Plague in India, 1896, 1897 - Volume 2
Year: 1896
Disease focus: Plague
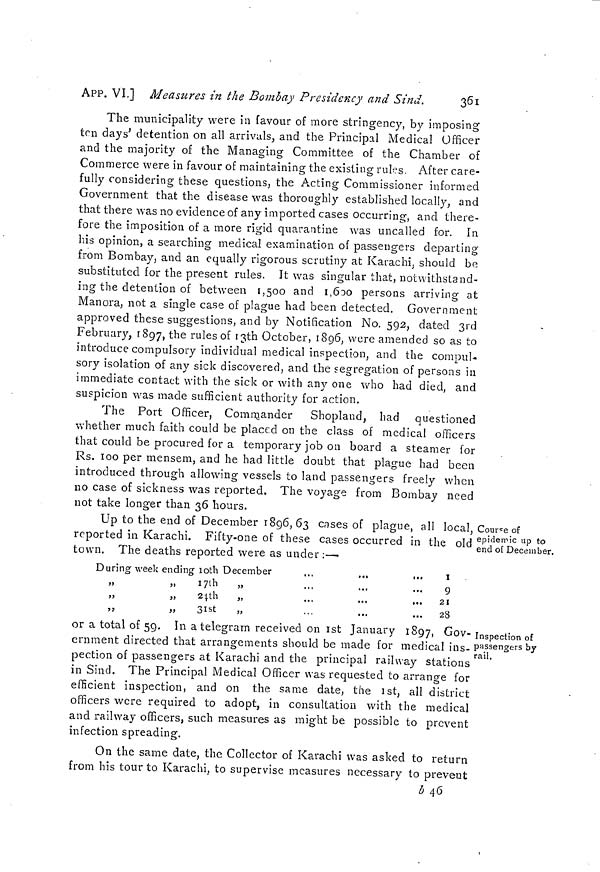
APP. VI.] Measures in the Bombay Presidency and Sind.
361
The municipality were in favour of more stringency, by imposing
ten days' detention on all arrivals, and the Principal Medical Officer
and the majority of the Managing Committee of the Chamber of
Commerce were in favour of maintaining the existing rules. After care-
fully considering these questions; the Acting Commissioner informed
Government that the disease was thoroughly established locally, and
that there was no evidence of any imported cases occurring, and there-
fore the imposition of a more rigid quarantine was uncalled for. In
his opinion, a searching medical examination of passengers departing
from Bombay, and an equally rigorous scrutiny at Karachi, should be
substituted for the present rules. It was singular that, notwithstand-
ing the detention of between 1,500 and 1,600 persons arriving at
Manora, not a single case of plague had been detected. Government
approved these suggestions, and by Notification No. 592, dated 3rd
February, 1897, the rules of 13th October, 1896, were amended so as to
introduce compulsory individual medical inspection, and the compul-
sory isolation of any sick discovered, and the segregation of persons in
immediate contact with the sick or with any one who had died, and
suspicion was made sufficient authority for action.
The Port Officer, Commander Shopland, had questioned
whether much faith could be placed on the class of medical officers
that could be procured for a temporary job on board a steamer for
Rs. 100 per mensem, and he had little doubt that plague had been
introduced through allowing vessels to land passengers freely when
no case of sickness was reported, The voyage from Bombay need
not take longer than 36 hours.
Course of
epidemic up to
end of December,
Up to the end of December 1896,63 cnses of plague, all local,
reported in Karachi. Fifty-one of these cases occurred in the old
town. The deaths reported were as under:—
During week ending l0th December
„
„
1 7th
„
„
„
21th
„
„
3 1st
„
.
1
9
21
...
28
Inspection of
passengers by
rail.
or a total of 59. In a telegram received on 1st January 1897, Gov-
ernment directed that arrangements should be made for medical ins-
pection of passengers at Karachi and the principal rail way stations
in Sind. The Principal Medical Officer was requested to arrange for
efficient inspection, and on the same date, the 1st, all district
officers were required to adopt, in consultation with the medical
and railway officers, such measures as might be possible to prevent
infection spreading.
On the same date, the Collector of Karachi was asked to return
from his tour to Karachi, to supervise measures necessary to prevent
b 46